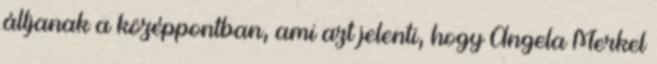
álljanak a középpontban, ami azt jelenti, hogy Angela Merkel